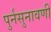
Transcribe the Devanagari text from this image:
पुर्नसुनावणी